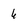
Character: 6